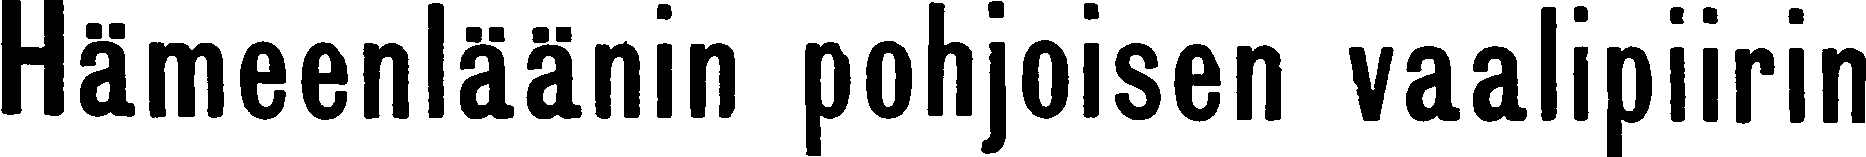
Hämeenläänin pohjoisen vaalipiirin